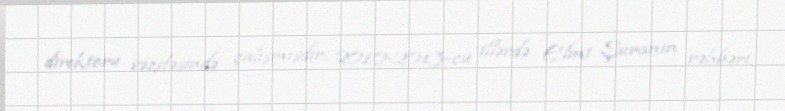
direktoru vəzifəsində çalışmışdır; 2010-2013-cü illərdə Elmi Şuranın rəhbəri